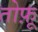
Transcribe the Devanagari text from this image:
तोफ़ू